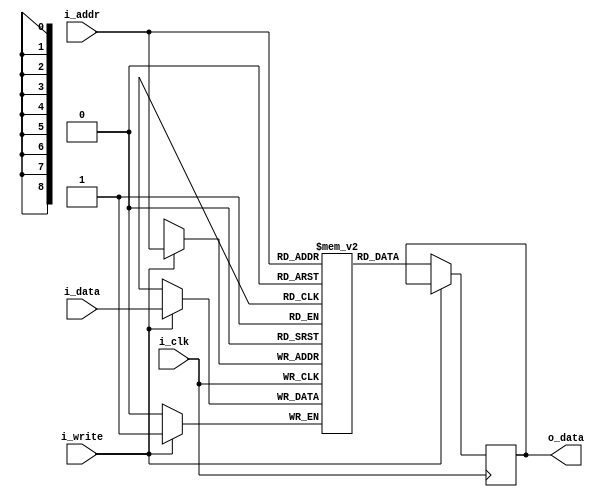
module sram #(parameter ADDR_WIDTH=9, DATA_WIDTH=1, DEPTH=384, INIT = 1) (
    input wire i_clk,
    input wire [ADDR_WIDTH-1:0] i_addr, 
    input wire i_write,
    input wire [DATA_WIDTH-1:0] i_data,
    output reg [DATA_WIDTH-1:0] o_data 
    );

    reg [DATA_WIDTH-1:0] memory_array [0:DEPTH-1]; 


    always @ (posedge i_clk)
    begin
        if(i_write) begin
            memory_array[i_addr] <= i_data;
        end
        else begin
            o_data <= memory_array[i_addr];
        end     
    end


    integer i;

   
    //-------------------------------------------
    //             RAM initialization
    //-------------------------------------------

    initial begin
    	if (INIT) begin
    		for (i = 0; i < 384; i = i + 1)
			memory_array[i] = 0;
		for (i = 0; i < 64; i = i + 1)
			memory_array[i] = 0;
		for (i = 64; i < 128; i = i + 1)
			if (i%8 <= 1 ) memory_array[i] = 1;
		for (i = 128; i < 192; i = i + 1)
			if (i%8 <= 3) memory_array[i] = 1;
		for (i = 192; i < 256; i = i + 1)
			if (i%8 <= 5) memory_array[i] = 1;
		for (i = 256; i < 320; i = i + 1)
			memory_array[i] = 1;	
		for (i = 320; i < 384; i = i + 1) begin
			if (i%8 > 1 && i%8 < 6 && (i/8)%8 > 1 && (i/8)%8 < 6)
				memory_array[i] = 1;	
		end
    	end 
        else begin
		for (i = 0; i < DEPTH; i = i + 1)
			memory_array[i] = 0;
		for (i = 80*25+20; i <= 80*25+40; i = i + 1)
			memory_array[i] = 4;
		memory_array[80*22+5] = 5;

		for (i = 0; i < 80; i = i + 1)
			memory_array[i] = 4;
		for (i = 80*59; i < 80*60; i = i + 1)
			memory_array[i] = 4;
		for (i = 0; i < 80*60; i = i + 80)
			memory_array[i] = 4;
		for (i = 79; i < 80*60; i = i + 80)
			memory_array[i] = 4;
		
        end
    end


endmodule